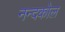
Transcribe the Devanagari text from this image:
नन्दकोल